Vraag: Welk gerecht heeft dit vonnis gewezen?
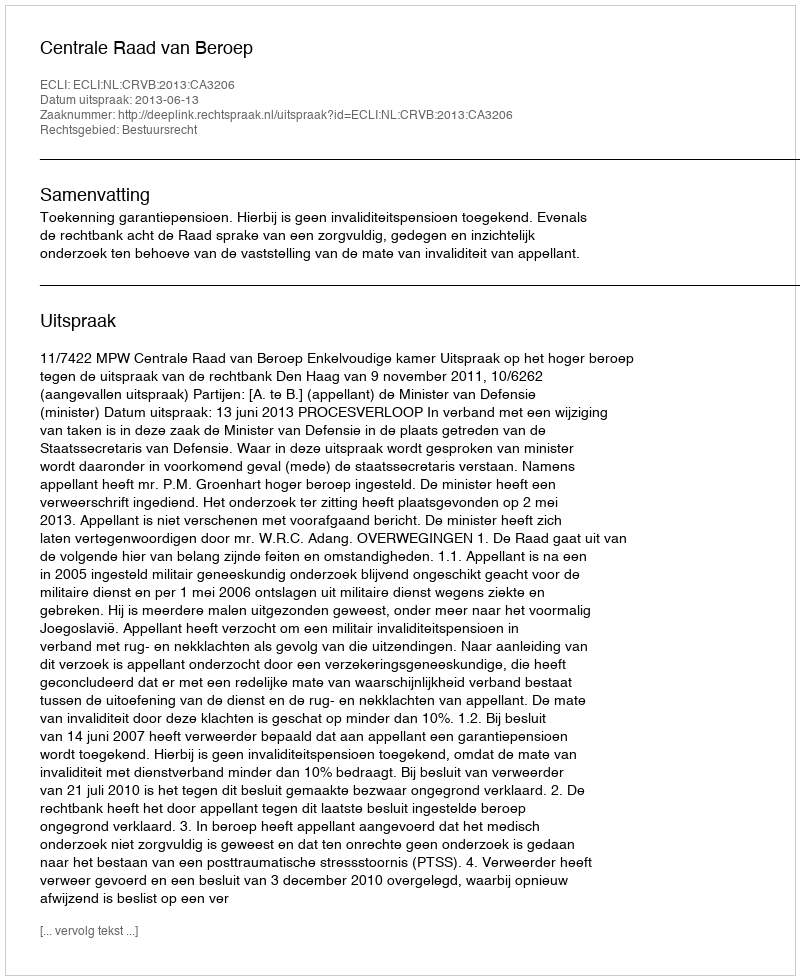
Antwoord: Centrale Raad van Beroep